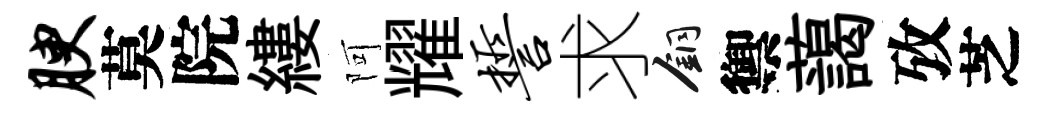
腴莫院縷阿耀誓求銅禦藹攷芝